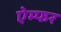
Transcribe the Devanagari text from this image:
ऐम्फर